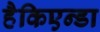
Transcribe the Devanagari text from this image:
हैकिएन्डा